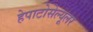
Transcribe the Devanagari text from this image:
हेपाटोसेल्यूलर